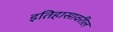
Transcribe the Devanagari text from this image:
इतिहासावरील